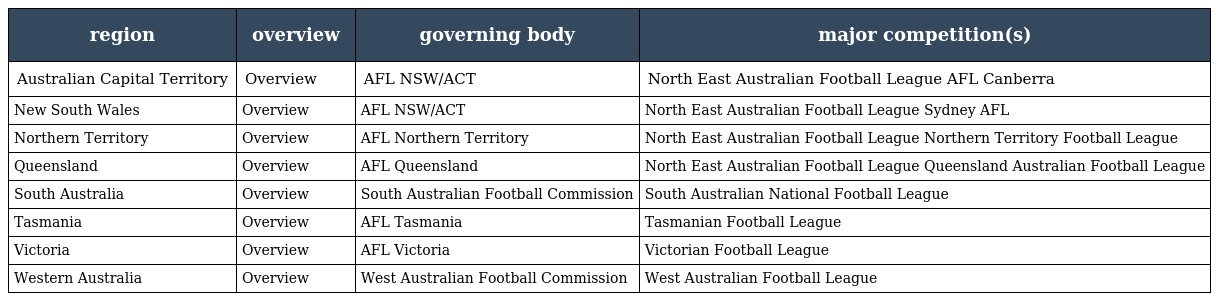
| region | overview | governing body | major competition(s) |
 | --- | --- | --- | --- |
 | Australian Capital Territory | Overview | AFL NSW/ACT | North East Australian Football League AFL Canberra |
 | New South Wales | Overview | AFL NSW/ACT | North East Australian Football League Sydney AFL |
 | Northern Territory | Overview | AFL Northern Territory | North East Australian Football League Northern Territory Football League |
 | Queensland | Overview | AFL Queensland | North East Australian Football League Queensland Australian Football League |
 | South Australia | Overview | South Australian Football Commission | South Australian National Football League |
 | Tasmania | Overview | AFL Tasmania | Tasmanian Football League |
 | Victoria | Overview | AFL Victoria | Victorian Football League |
 | Western Australia | Overview | West Australian Football Commission | West Australian Football League |